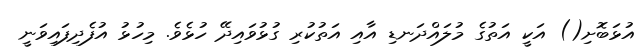
އުޅަބޮށި() އަކީ އަތުގެ މުލައްދަނޑި އާއި އަތުކުރި ގުޅުވައިދޭ ހުޅެވެ. މިހުޅު އުފެދިފައިވަނީ